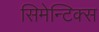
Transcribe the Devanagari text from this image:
सिमेन्टिक्स